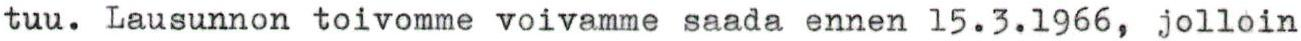
tuu. Lausunnon toivomme voivamme saada ennen 15.3.1966, jolloin